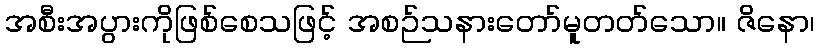
အစီးအပွားကိုဖြစ်စေသဖြင့် အစဉ်သနားတော်မူတတ်သော။ ဇိနော၊